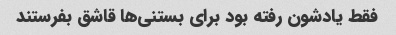
فقط یادشون رفته بود برای بستنی‌ها قاشق بفرستند